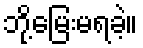
ဘို့မြေးမရခဲ့။